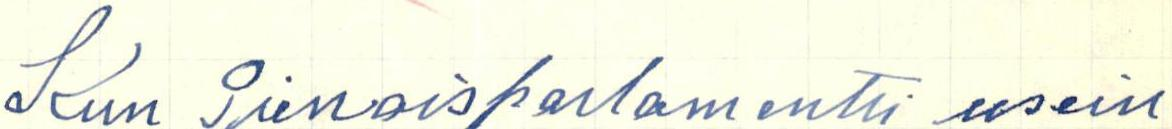
Kun Pienoisparlamentti usein